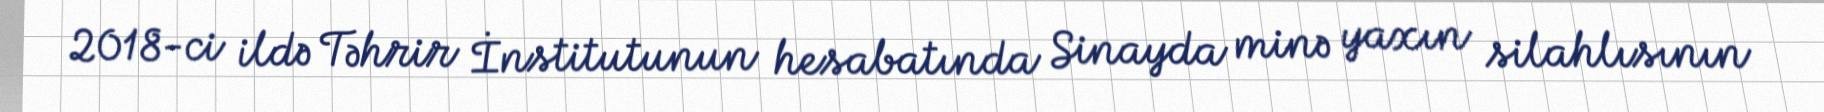
2018-ci ildə Təhrir İnstitutunun hesabatında Sinayda minə yaxın silahlısının